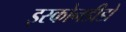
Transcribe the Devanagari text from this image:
इस्कोनडीडो